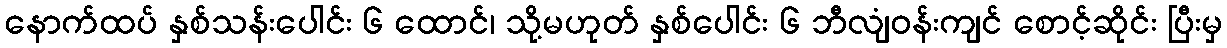
နောက်ထပ် နှစ်သန်းပေါင်း ၆ ထောင်၊ သို့မဟုတ် နှစ်ပေါင်း ၆ ဘီလျံဝန်းကျင် စောင့်ဆိုင်း ပြီးမှ